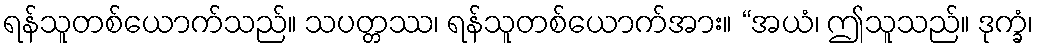
ရန်သူတစ်ယောက်သည်။ သပတ္တဿ၊ ရန်သူတစ်ယောက်အား။ “အယံ၊ ဤသူသည်။ ဒုက္ခံ၊